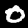
Digit: 0